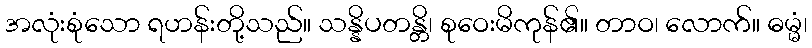
အလုံးစုံသော ရဟန်းတို့သည်။ သန္နိပတန္တိ၊ စုဝေးမိကုန်၏။ တာဝ၊ လောက်။ ဓမ္မံ၊